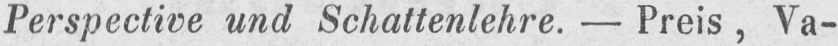
Perspective und Schattenlehre. - Preis, Va-